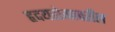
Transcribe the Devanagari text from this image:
हृदयरोगावरील